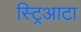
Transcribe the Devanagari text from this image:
स्ट्रिआटा